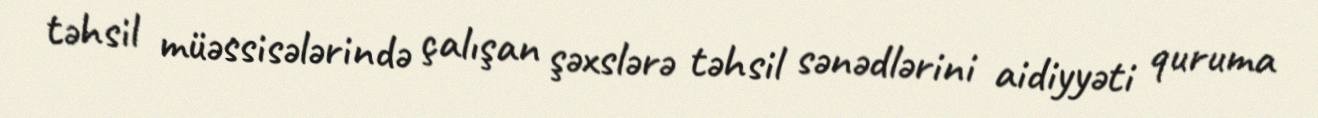
təhsil müəssisələrində çalışan şəxslərə təhsil sənədlərini aidiyyəti quruma